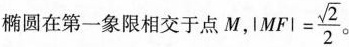
椭圆在第一象限相交于点M， |MF|= \frac{\sqrt{2}}{2}